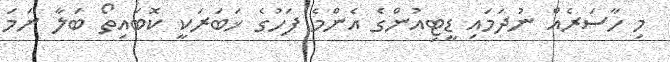
މި ހާސަރެއް ނުދަމައި ޑީޓިއުންގެ އެންމެ ފަހުގެ ޚަބަރަކީ ކޮބައިތޯ ބަލާ ނަމަ